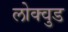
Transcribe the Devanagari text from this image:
लोक्वुड